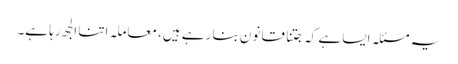
یہ مسئلہ ایسا ہے کہ جتنا قانون بنا رہے ہیں، معاملہ اتنا الجھ رہا ہے۔